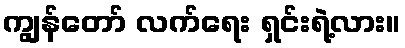
ကျွန်တော် လက်ရေး ရှင်းရဲ့လား။